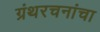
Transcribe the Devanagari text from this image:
ग्रंथरचनांचा